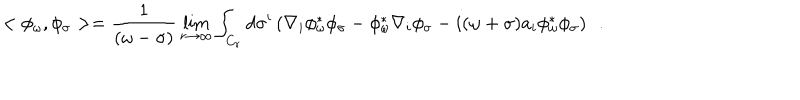
LaTeX: < \phi _ { \omega } , \phi _ { \sigma } > = { \frac { 1 } { ( \omega - \sigma ) } } \lim _ { r \rightarrow \infty } \int _ { C _ { r } } d \sigma ^ { i } \left( \nabla _ { i } \phi _ { \omega } ^ { * } \phi _ { \sigma } - \phi _ { \omega } ^ { * } \nabla _ { i } \phi _ { \sigma } - i ( \omega + \sigma ) a _ { i } \phi _ { \omega } ^ { * } \phi _ { \sigma } \right) ~ ~ .